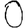
Digit: 0